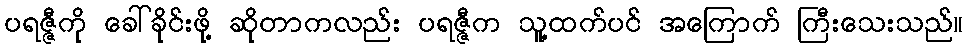
ပရဇ္ဇီကို ခေါ်ခိုင်းဖို့ ဆိုတာကလည်း ပရဇ္ဇီက သူ့ထက်ပင် အကြောက် ကြီးသေးသည်။